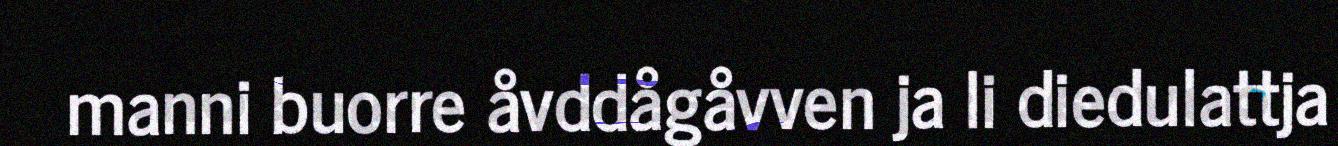
manni buorre åvddågåvven ja li diedulattja